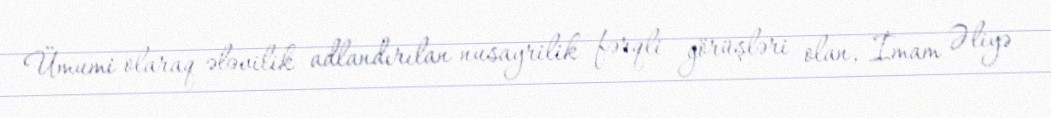
Ümumi olaraq ələvilik adlandırılan nusayrilik fərqli görüşləri olan, İmam Əliyə